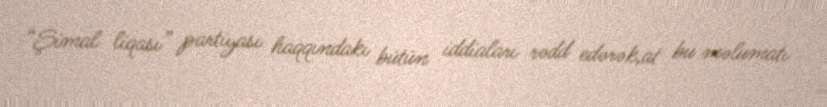
“Şimal liqası” partiyası haqqındakı bütün iddiaları rədd edərək,at bu məlumatı